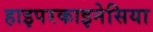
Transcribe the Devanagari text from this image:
हाइपरकाइनेसिया